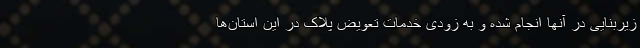
زیربنایی در آنها انجام شده و به زودی خدمات تعویض پلاک در این استان‌ها